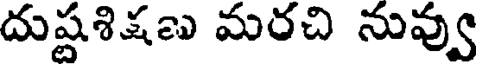
దుష్టశిక్షణు మరచి నువ్వు